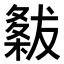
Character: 𭫭